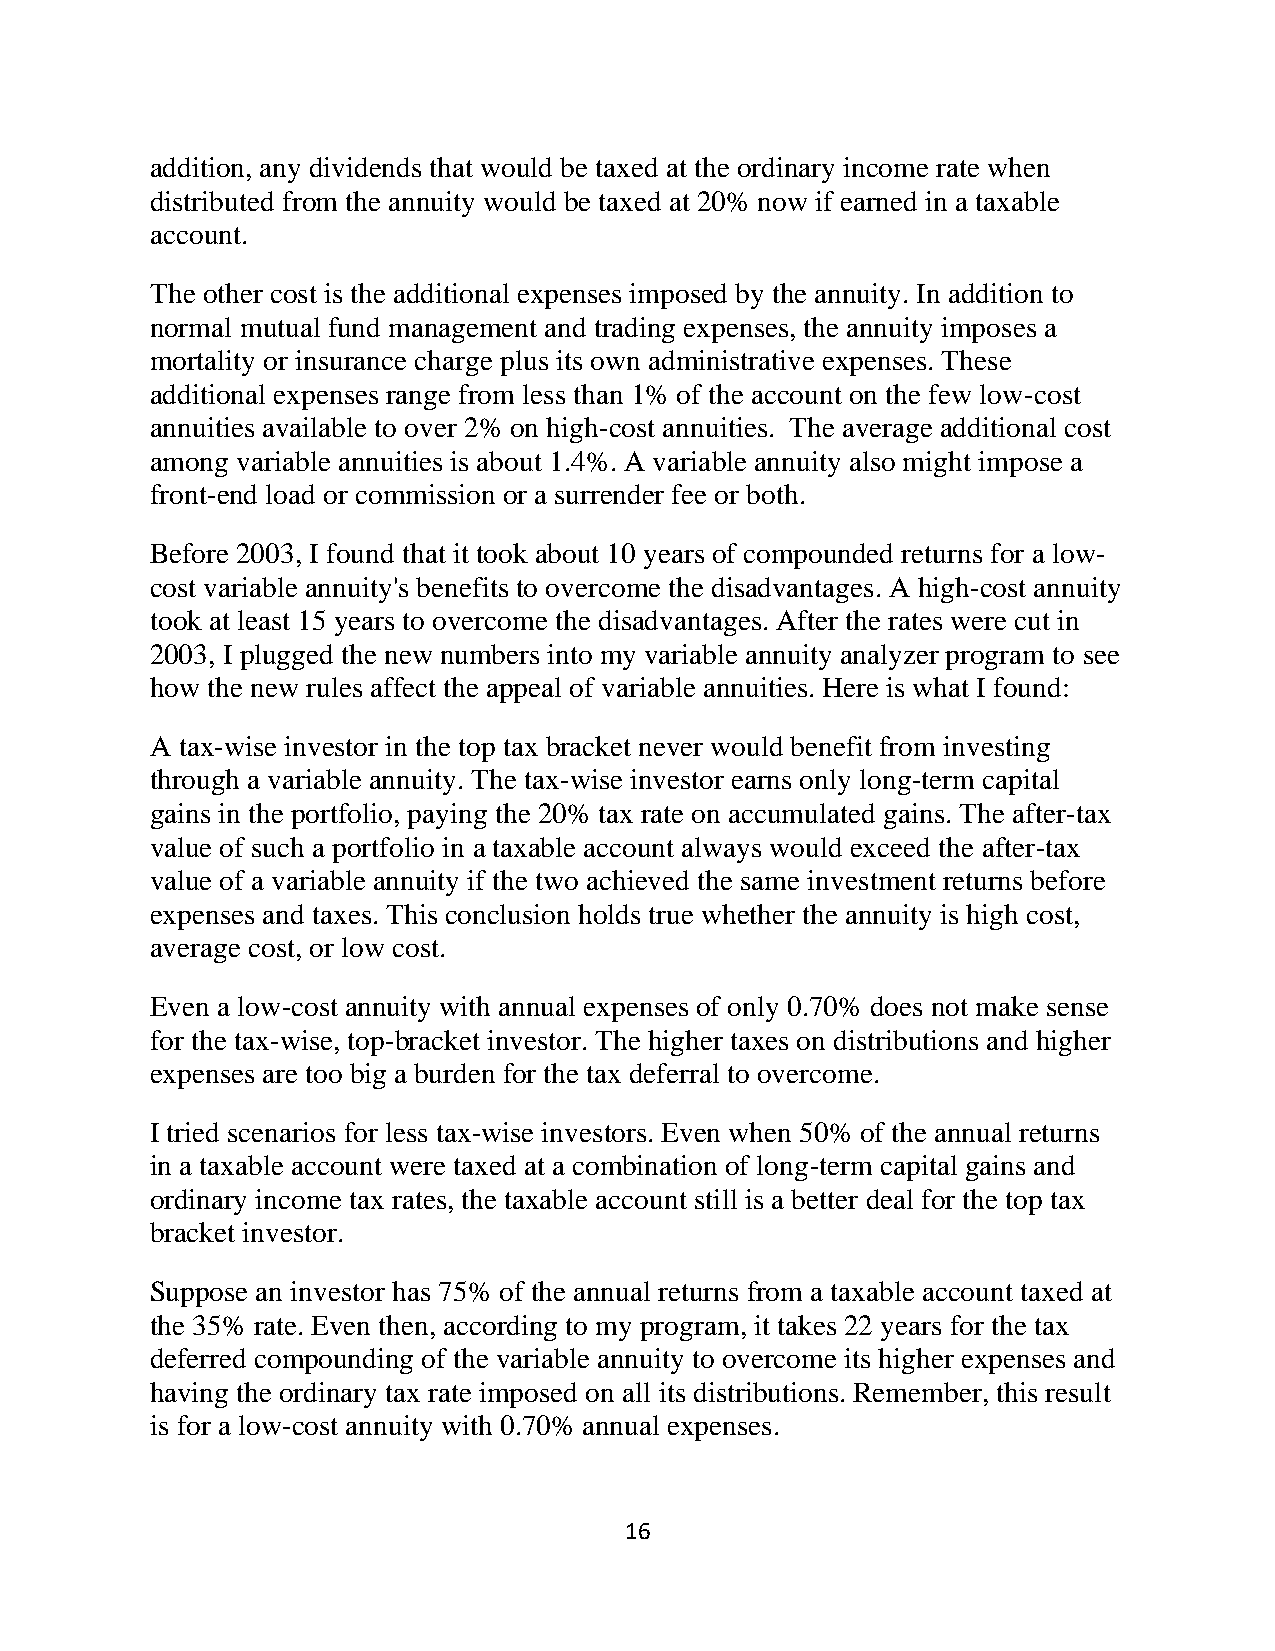
addition, any dividends that would be taxed at the ordinary income rate when
 distributed from the annuity would be taxed at 20% now if earned in a taxable
 account.
 The other cost is the additional expenses imposed by the annuity. In addition to
 normal mutual fund management and trading expenses, the annuity imposes a
 mortality or insurance charge plus its own administrative expenses. These
 additional expenses range from less than 1% of the account on the few low-cost
 annuities available to over 2% on high-cost annuities. The average additional cost
 among variable annuities is about 1.4%. A variable annuity also might impose a
 front-end load or commission or a surrender fee or both.
 Before 2003, I found that it took about 10 years of compounded returns for a low-
 cost variable annuity's benefits to overcome the disadvantages. A high-cost annuity
 took at least 15 years to overcome the disadvantages. After the rates were cut in
 2003, I plugged the new numbers into my variable annuity analyzer program to see
 how the new rules affect the appeal of variable annuities. Here is what I found:
 A tax-wise investor in the top tax bracket never would benefit from investing
 through a variable annuity. The tax-wise investor earns only long-term capital
 gains in the portfolio, paying the 20% tax rate on accumulated gains. The after-tax
 value of such a portfolio in a taxable account always would exceed the after-tax
 value of a variable annuity if the two achieved the same investment returns before
 expenses and taxes. This conclusion holds true whether the annuity is high cost,
 average cost, or low cost.
 Even a low-cost annuity with annual expenses of only 0.70% does not make sense
 for the tax-wise, top-bracket investor. The higher taxes on distributions and higher
 expenses are too big a burden for the tax deferral to overcome.
 I tried scenarios for less tax-wise investors. Even when 50% of the annual returns
 in a taxable account were taxed at a combination of long-term capital gains and
 ordinary income tax rates, the taxable account still is a better deal for the top tax
 bracket investor.
 Suppose an investor has 75% of the annual returns from a taxable account taxed at
 the 35% rate. Even then, according to my program, it takes 22 years for the tax
 deferred compounding of the variable annuity to overcome its higher expenses and
 having the ordinary tax rate imposed on all its distributions. Remember, this result
 is for a low-cost annuity with 0.70% annual expenses.
 16